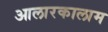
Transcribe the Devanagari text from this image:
आलारकालाम